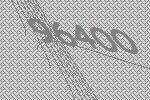
96400